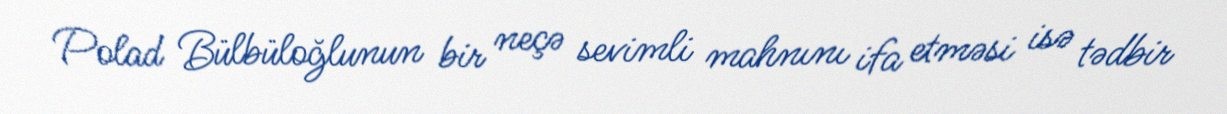
Polad Bülbüloğlunun bir neçə sevimli mahnını ifa etməsi isə tədbir